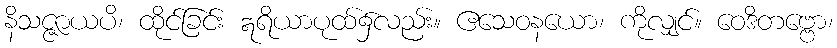
နိသဇ္ဇာယပိ၊ ထိုင်ခြင်း ဣရိယာပုထ်၌လည်း။ ဧသေဝနယော၊ ကိုလျှင်။ ဝေဒိတဗ္ဗော၊